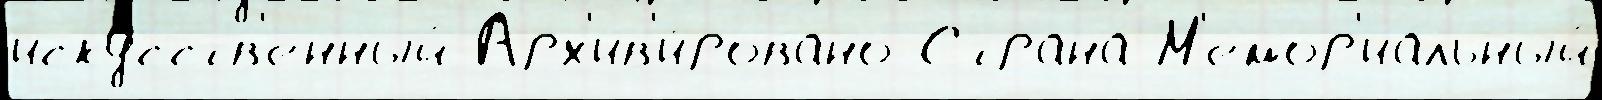
иску́сств'енный Арх'ив'и́ровано Страна́ М'емор'иа́льный